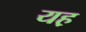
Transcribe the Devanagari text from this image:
यह़